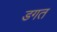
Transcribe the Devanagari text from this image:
डगत